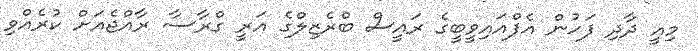
މިއީ ދާދި ފަހުން އެފްއައިވީބީގެ ރައީސް ބްރެޒިލްގެ އަރީ ގްރާސާ ރާއްޖެއަށް ކުރެއްވި